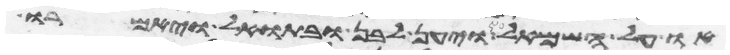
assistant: או על השמאל ויען לבן ובתואל ויאמרו